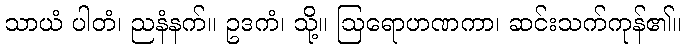
သာယံ ပါတံ၊ ညနံနက်။ ဥဒကံ၊ သို့။ ဩရောဟဏကာ၊ ဆင်းသက်ကုန်၏။